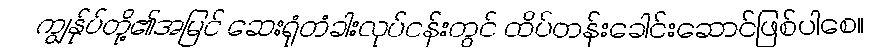
ကျွန်ုပ်တို့၏အမြင် ဆေးရုံတံခါးလုပ်ငန်းတွင် ထိပ်တန်းခေါင်းဆောင်ဖြစ်ပါစေ။